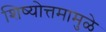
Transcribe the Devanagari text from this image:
शिष्योत्तमामुळे